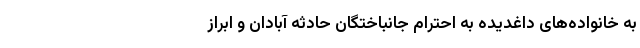
به خانواده‌های داغدیده به احترام جانباختگان حادثه آبادان و ابراز